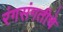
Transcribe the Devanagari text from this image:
रंगसंगतीचे